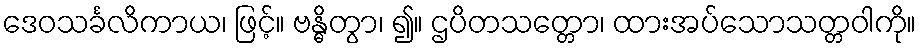
ဒေဝသင်္ခလိကာယ၊ ဖြင့်။ ဗန္ဓိတွာ၊ ၍။ ဌပိတသတ္တော၊ ထားအပ်သောသတ္တဝါကို။